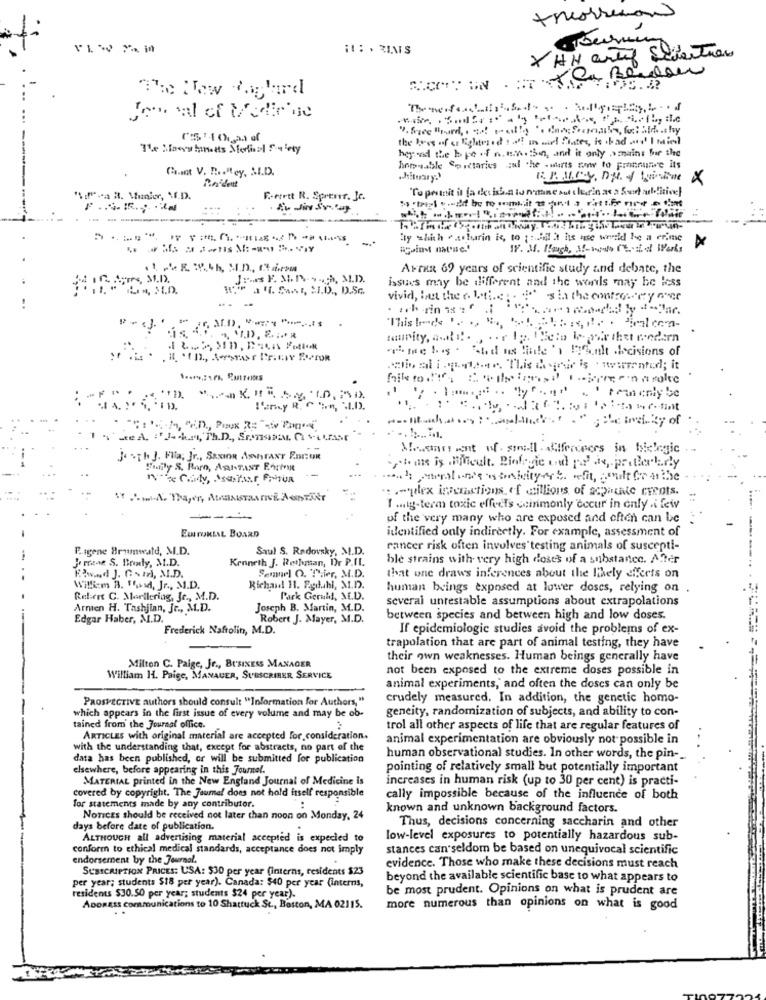
theorsecond
* HH arty Sélection
NICOTIN .ITTa Bordou
the loss of es Rightered 1 4f! un wiel States, is .bad and! I miei
heyand the life of new. Sie, and it only amains for the
Gast V. R .. Hey, S.D.
homusable Spictaries zal che - wirts now to pronnun'e its
ahituary.'
X
Raidest
"To pernit is ja decibel io wane but cherin at a Sweet music
"if".a R. Munier, F.D.
Ferett R. Sprener. Je.
Ety which e.tobarin is, to pull it hs use world be a erime
ajoint mene.'
IV. M. Kuch, 3 !- scale (tic) Works
AFTER 69 years of scientific study and debate, the
Jonas F. M. IN ....., M.D.
issues may be different and the words may be less
a ff. Swar, SI.D ., D.Sc.
vivid, but the e beti.c. . .
"sin the contrary and
ihme bis . "Ated ns title '\ 1%,ult .decisions of
: -
++1).
Almennight of sinill . diferences in thelogic
Je -Th J. Flia, Jr ., Saxion Astraxr F.nr:UR
.,. tan is (RMcult. Biologic ou po' as ,. praterharly
Fifty S. Barn, AANTANT EArione
...- plex inemactions of millions of scontate creots.
Tang-term toxic effects cinimonly cccur in only .i few
---
of the very many who are exposed and often can be -
EDITORIAL BOARD
identified only indirectly. For example, assessment of
F.igene Brumwald, M.D.
Saul S. Radovsky, M.D.
rancer risk often involves testing animals of suscepti-
Jonene S. Broadly, M.D.
Kenneth J. Rethman, Dr P.IL.
ble strains with very high doses of a substance. After
Riw.ad J. Com, M.D.
Semuel O. Thier, M.D.
that one draws inferences about the likely effects on
Willfem B. "hand, Jr ., M.D.
Richaud! 11. Pyduhl, M.D.
human beings exposed at lower doscs, relying on
Retiert C. Mortlering, Jr ., M.D.
Park Gerull, M.D.
several untestable assumptions about extrapolations
Armen H. Tashjian, Jr ., M.D.
Joseph B. Martin, M.D.
Edgar Haber, M.D.
Robert J. Mayer, M.D.
between species and between high and low doses.
Frederick Naftolin, M.D.
If epidemiologic studies avoid the problems of ex-
trapolation that are part of animal testing, they have
their own weaknesses. Human beings generally have
Milton C. Paige, Jr ., BUSINESS MANAGER
not been exposed to the extreme doses possible in
William 11. Paige, MANAUER, SUBSCRIBER SERVICE
animal experiments, and often the doscs can only be
PaosPEctive authors should consult "Information for Authors,"
crudely measured. In addition, the genetic homo-
which appears in the first issue of every volume and may be ob-
geneity, randomization of subjects, and ability to con-
tained from the Journal office.
trol all other aspects of life that are regular features of
ARTICLES with original material are accepted for consideration.
animal experimentation are obviously not possible in
with the understanding that, except for abstracts, no part of the
data has been published, or will be submitted for publication
human observational studies. In other words, the pin-
elsewhere, before appearing in this Journel.
pointing of relatively small but potentially important
MATERIAL printed in the New England Journal of Medicine is
increases in human risk (up to 30 per cent) is practi-
covered by copyright. The Jaumel does not hold itself responsible
for statements made by any contributor.
cally impossible because of the influence of both
:
known and unknown background factors.
NoTices should be received not later than noon on Monday, 24
days before date of publication.
Thus, decisions concerning saccharin and other
ALTHOUGH all advertising material accepted is expected to
low-level exposures to potentially hazardous sub-
conform to ethical medical standards, acceptance does not imply
stances can seldom be based on unequivocal scientific
endorsement by the Journal.
SUBSCRIPTION PRICES: USA: $30 per year (interns, residents $23
evidence. Those who make these decisions must reach
beyond the available scientific base to what appears to
per year; students $18 per year). Canada: $40 per year (interns,
be most prudent. Opinions on what is prudent are
residents $30.50 per year; students $24 per year).
ADDRESS Communications to 10 Shattuck St ., Boston, MA 02115.
more numerous than opinions on what is good